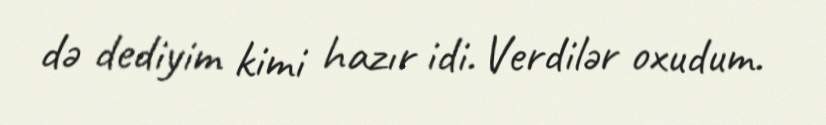
də dediyim kimi hazır idi. Verdilər oxudum.